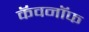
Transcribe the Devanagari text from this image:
कॅवनॉफ